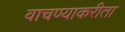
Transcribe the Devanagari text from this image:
वाचण्याकरीता